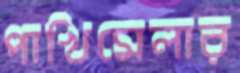
পাখিমেলার